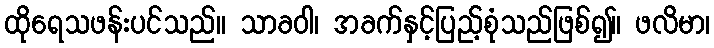
ထိုရေသဖန်းပင်သည်။ သာခဝါ၊ အခက်နှင့်ပြည့်စုံသည်ဖြစ်၍။ ဖလိမာ၊